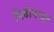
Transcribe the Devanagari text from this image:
पिढीपासून